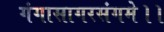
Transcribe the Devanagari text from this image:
गंगासागरसंगमे।।